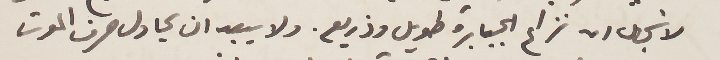
لا تجهل انه نزاع الجبابرة طويل وذريع. ولا يبعد ان يحاول صرف الموت